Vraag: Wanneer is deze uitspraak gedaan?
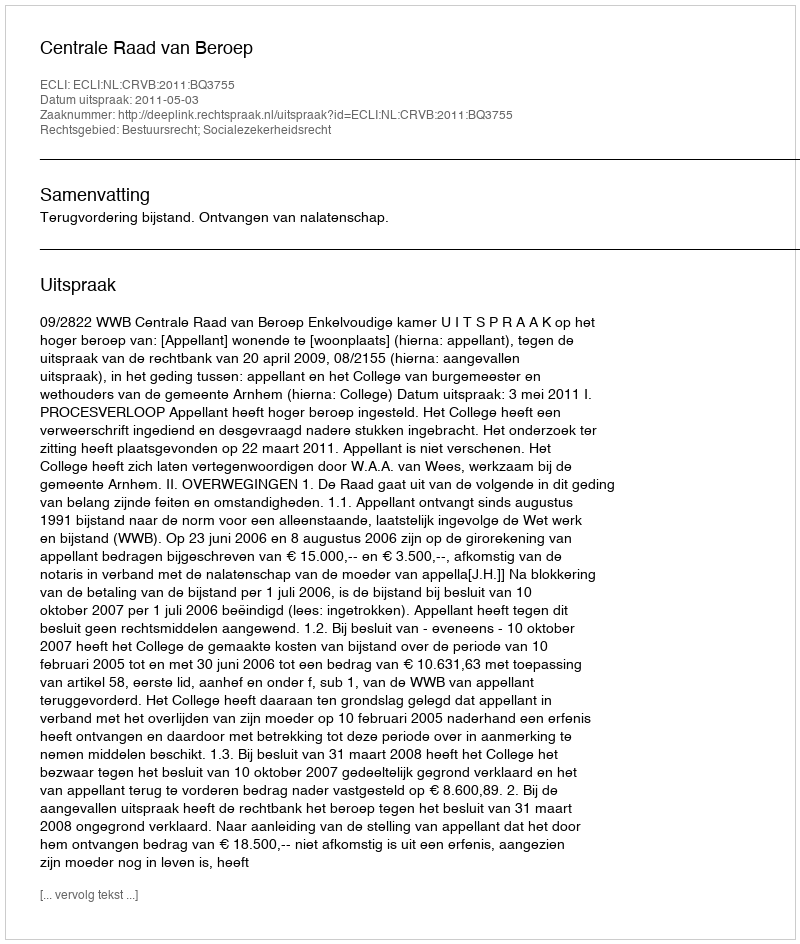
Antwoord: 2011-05-03